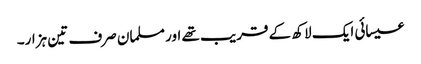
عیسائی ایک لاکھ کے قریب تھے اور مسلمان صرف تین ہزار۔